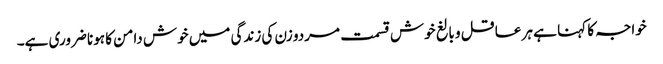
خواجہ کا کہنا ہے ہر عاقل و بالغ خوش قسمت مردو زن کی زندگی میں خوش دامن کا ہونا ضروری ہے۔